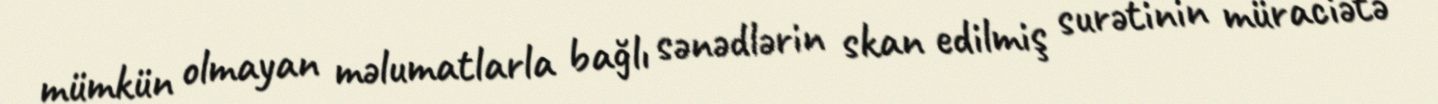
mümkün olmayan məlumatlarla bağlı sənədlərin skan edilmiş surətinin müraciətə